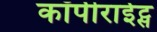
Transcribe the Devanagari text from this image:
कॉपीराईट्स